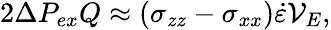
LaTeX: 2\Delta P_{ex}Q\approx(\sigma_{zz}-\sigma_{xx})\dot{\varepsilon}\mathcal{V}_{E},